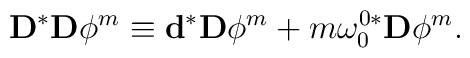
\mathbf{D}^{\ast }\mathbf{D}\phi ^{m}\equiv \mathbf{d}^{\ast }\mathbf{D}\phi^{m}+m\mathbf{\omega }_{0}^{0\ast }\mathbf{D}\phi ^{m}.